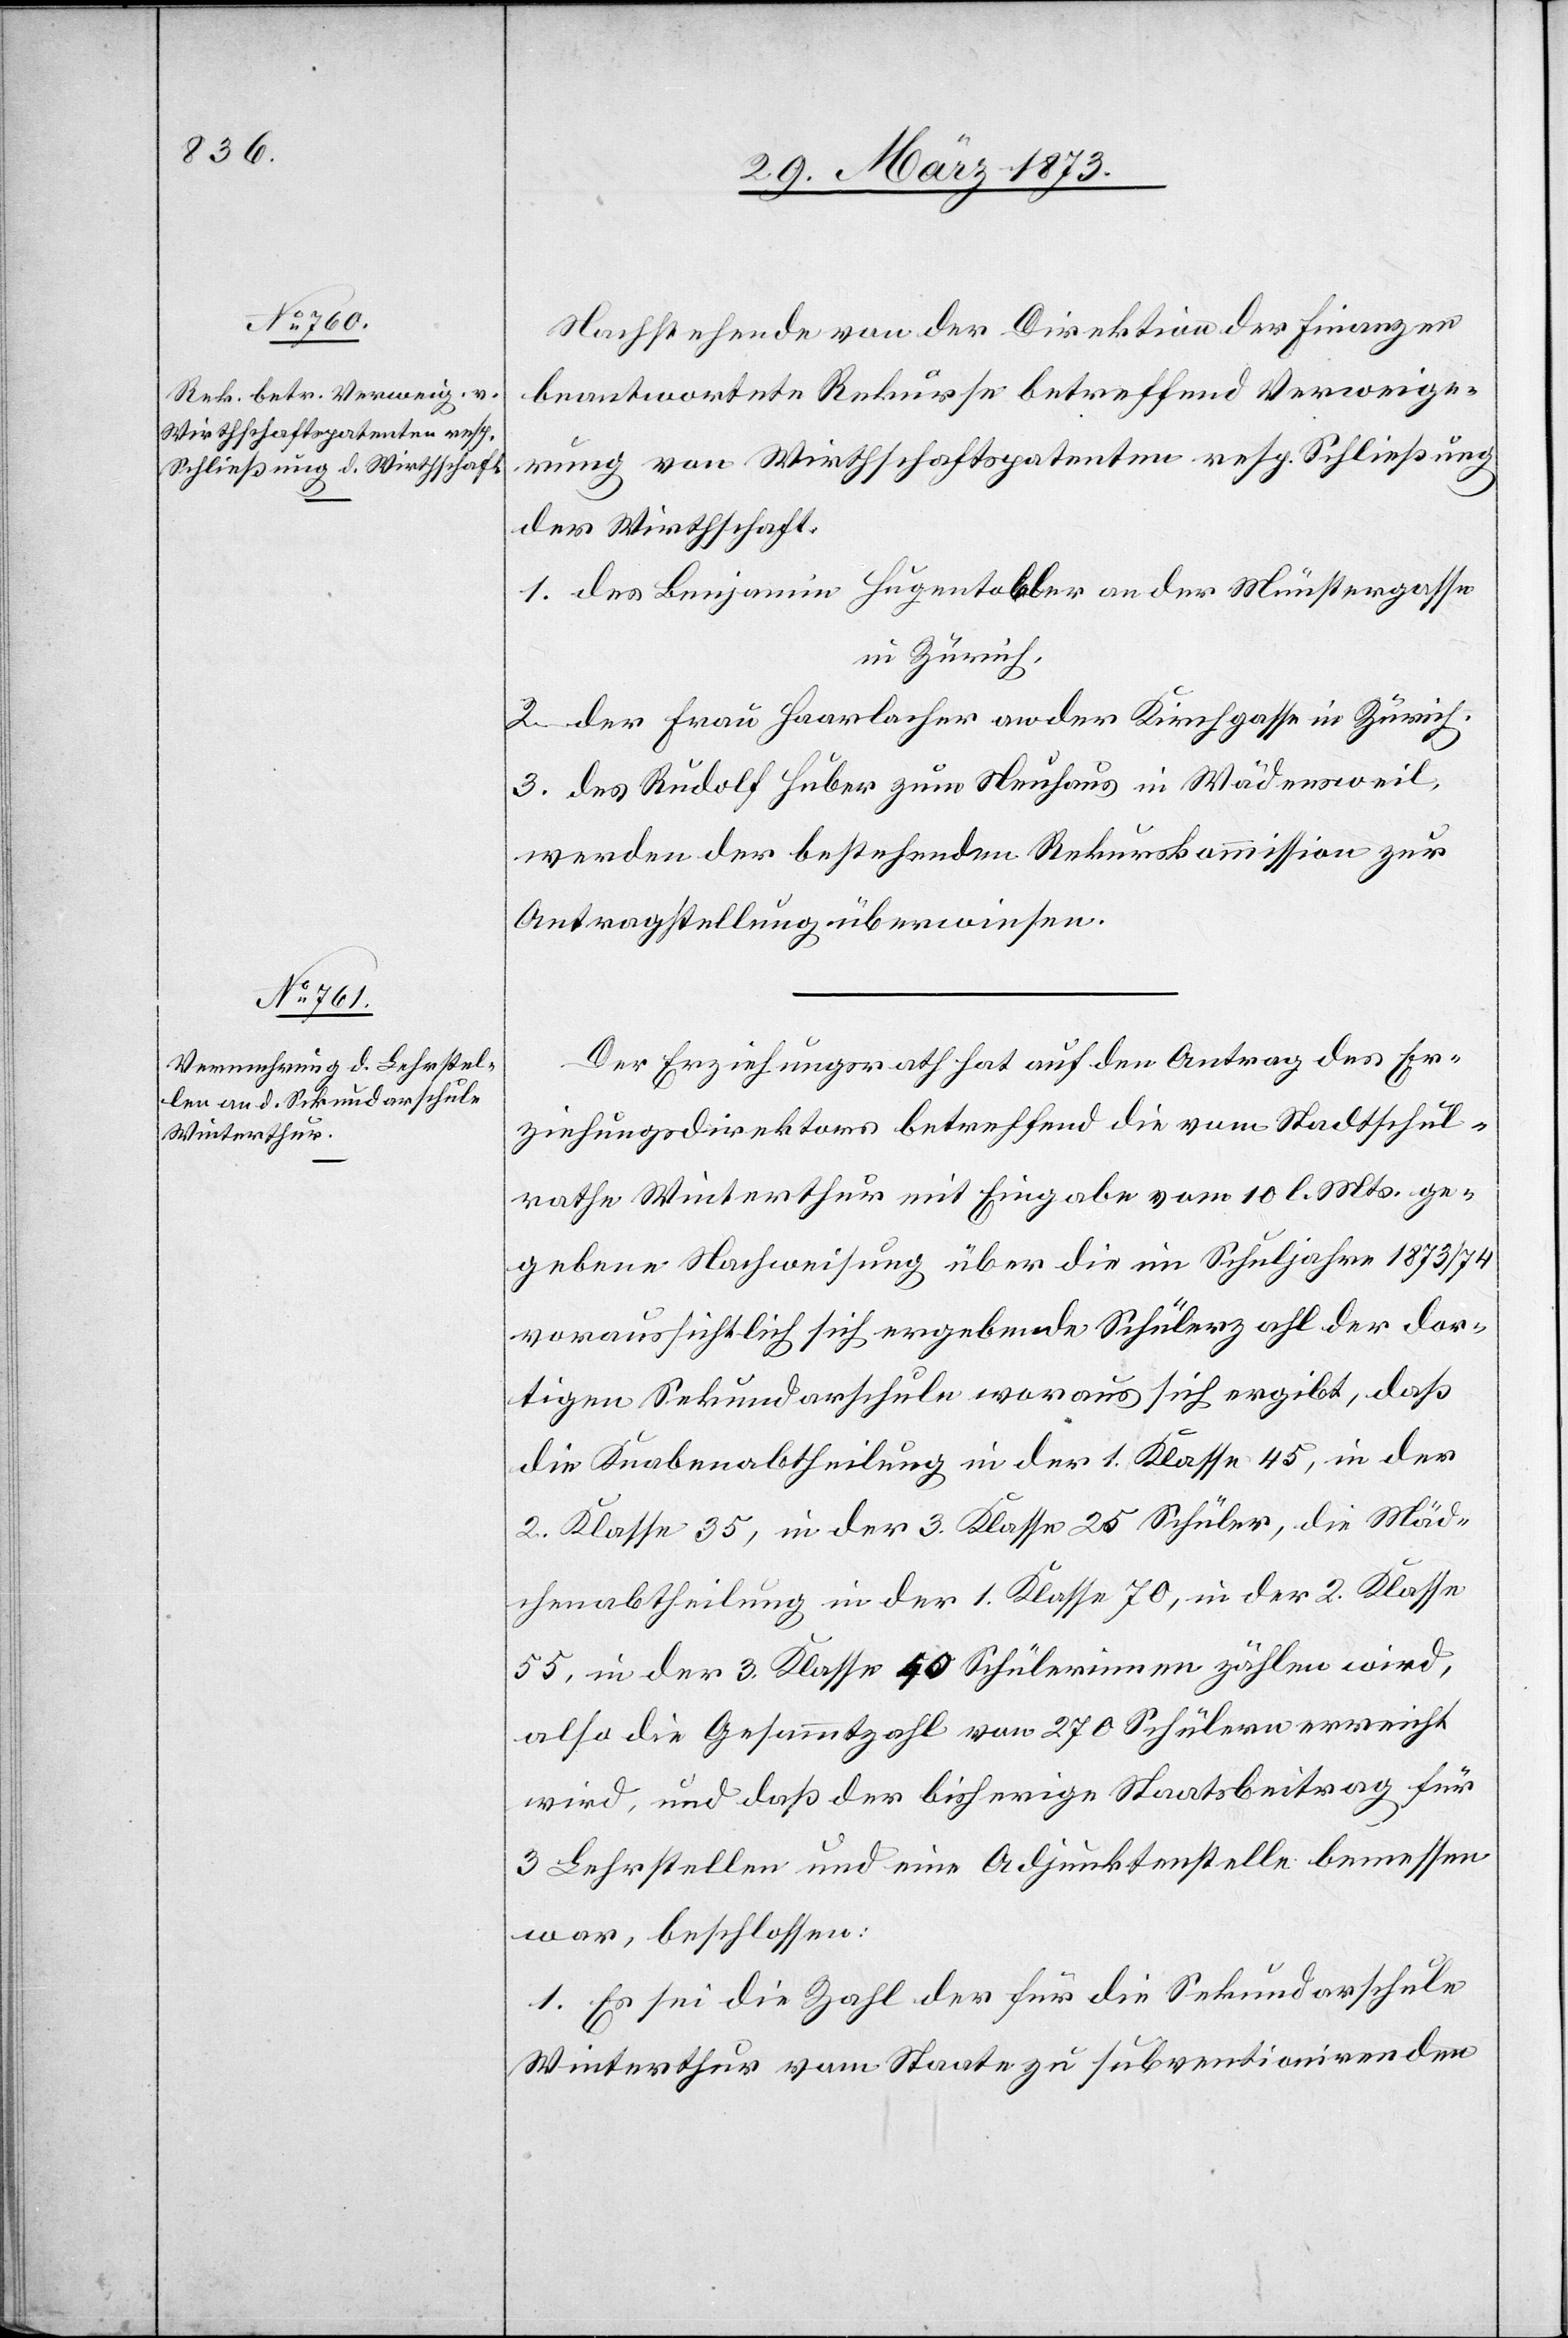
Nachstehende von der Direktion der Finanzen
beantwortete Rekurse betreffend Verweige¬
rung von Wirthschaftspatenten resp. Schließung
der Wirthschaft:
1. des Benjamin Hugentobler an der Münstergasse
in Zürich,
2. der Frau Haarlacher an der Kirchgasse in Zürich,
3. des Rudolf Huber zum Neuhaus in Wädensweil,
werden der bestehenden Rekurskommission zur
Antragstellung überwiesen.
Der Erziehungsrath hat auf den Antrag des Er¬
ziehungsdirektors betreffend die vom Stadtschul¬
rathe Winterthur mit Eingabe vom 10. l. Mts. ge¬
gebene Nachweisung über die im Schuljahre 1873/74
voraussichtlich sich ergebende Schülerzahl der dor¬
tigen Sekundarschule woraus sich ergibt, daß
die Knabenabtheilung in der 1. Klasse 45, in der
2. Klasse 35, in der 3. Klasse 25 Schüler, die Mäd¬
chenabtheilung in der 1. Klasse 70, in der 2. Klasse
55, in der 3. Klasse 40 Schülerinnen zählen wird,
also die Gesammtzahl von 270 Schülern erreicht
wird, und daß der bisherige Staatsbeitrag für
3 Lehrstellen und eine Adjunktenstelle bemessen
war, beschlossen:
1. Es sei die Zahl der für die Sekundarschule
Winterthur vom Staate zu subventionirenden